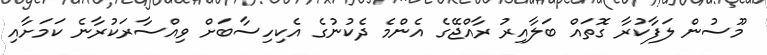
މޫސުން ލަފާކުރާ ގޮތައް ބަލާއިރު ރާއްޖޭގެ އެންމެ ދެކުނުގެ އެކިހިސާބަށް ވިއްސާރަކުރާނެ ކަމަށާއި